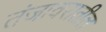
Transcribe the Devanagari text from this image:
तंजावरातील